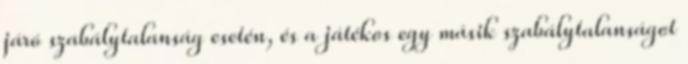
járó szabálytalanság esetén, és a játékos egy másik szabálytalanságot